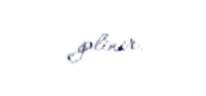
gəlinir.